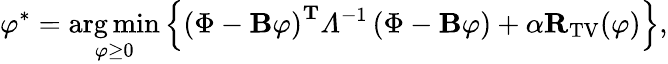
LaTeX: {\varphi}^{*}=\underset{\varphi\geq 0}{\arg\operatorname*{min}}\left\{ \left(\Phi-\mathbf{B}\varphi\right)^{\mathbf{T}}\varLambda^{-1}\left(\Phi-\mathbf{B}\varphi\right)+\alpha\mathbf{R}_{\mathrm{TV}}(\varphi)\right\} ,